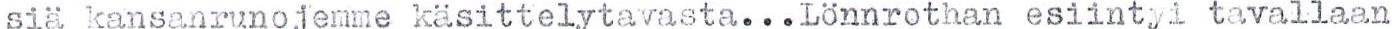
siä kansanrunojemme käsittelytavasta...Lönnrothan esiintyi tavallaan